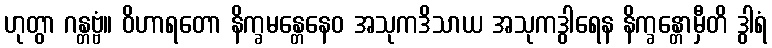
ဟုတွာ ဂန္တဗ္ဗံ။ ဝိဟာရတော နိက္ခမန္တေနေဝ အသုကဒိသာယ အသုကဒွါရေန နိက္ခန္တောမှီတိ ဒွါရံ